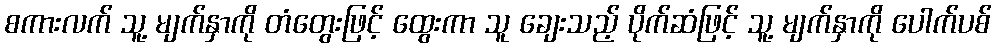
စကားလက် သူ့ မျက်နှာကို တံတွေးဖြင့် ထွေးကာ သူ ချေးသည့် ပိုက်ဆံဖြင့် သူ့ မျက်နှာကို ပေါက်ပစ်